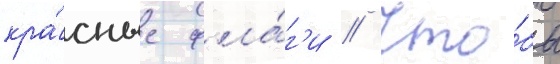
кра́сные фла́г'и // Что́бы